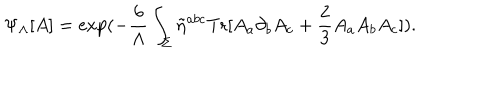
LaTeX: \Psi _ { \Lambda } [ A ] = \mathrm { e x p } ( - \frac { 6 } { \Lambda } \int _ { \Sigma } \tilde { \eta } ^ { a b c } \mathrm { T r } [ A _ { a } \partial _ { b } A _ { c } + \frac { 2 } { 3 } A _ { a } A _ { b } A _ { c } ] ) .